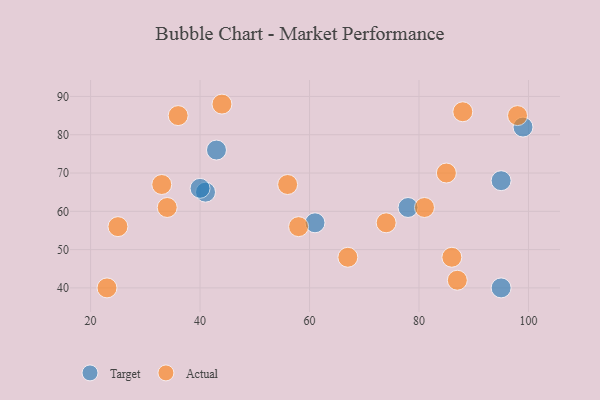
{"axis": {"x": "GDP", "y": "Life Expectancy"}, "legend": ["Actual", "Target"], "data": [{"x": "41", "y": 65, "type": "Target"}, {"x": "40", "y": 66, "type": "Target"}, {"x": "99", "y": 82, "type": "Target"}, {"x": "43", "y": 76, "type": "Target"}, {"x": "61", "y": 57, "type": "Target"}, {"x": "95", "y": 68, "type": "Target"}, {"x": "78", "y": 61, "type": "Target"}, {"x": "95", "y": 40, "type": "Target"}, {"x": "98", "y": 85, "type": "Actual"}, {"x": "88", "y": 86, "type": "Actual"}, {"x": "56", "y": 67, "type": "Actual"}, {"x": "25", "y": 56, "type": "Actual"}, {"x": "86", "y": 48, "type": "Actual"}, {"x": "87", "y": 42, "type": "Actual"}, {"x": "34", "y": 61, "type": "Actual"}, {"x": "85", "y": 70, "type": "Actual"}, {"x": "23", "y": 40, "type": "Actual"}, {"x": "33", "y": 67, "type": "Actual"}, {"x": "58", "y": 56, "type": "Actual"}, {"x": "74", "y": 57, "type": "Actual"}, {"x": "44", "y": 88, "type": "Actual"}, {"x": "36", "y": 85, "type": "Actual"}, {"x": "81", "y": 61, "type": "Actual"}, {"x": "67", "y": 48, "type": "Actual"}]}